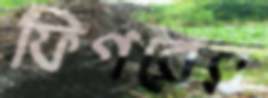
ফিগরের